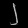
Digit: ၂